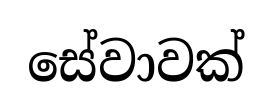
සේවාවක්